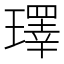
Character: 𪼢